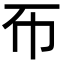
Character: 𢁓